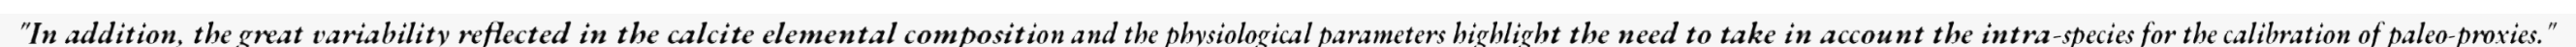
"In addition, the great variability reflected in the calcite elemental composition and the physiological parameters highlight the need to take in account the intra-species for the calibration of paleo-proxies."